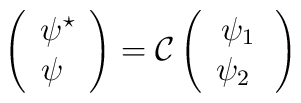
\left( \begin{array}{c}    \psi^\star \\    \psi \  \end{array} \right) = \mathcal{C}  \left(\begin{array}{c}    \psi_1 \\    \psi_2 \  \end{array}\right)